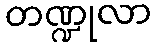
တဏ္ဍုလာ